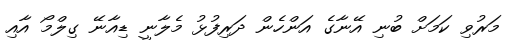
މަރުވި ކަމަށް ބުނި އޭނާގެ އަންހެން ދަރިފުޅު މެލާނީ ޑިއާނޭ ގިލްމޯ އާއި